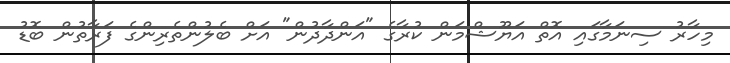
މިހާރު ސިނަމާގައި އޮތް އަޔޫޝްމަން ކުރާގެ "އަންދާދުން" އަށް ބެލުންތެރިންގެ ފަރާތުން ބޮޑު